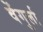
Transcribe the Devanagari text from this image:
वेेंगुर्ला